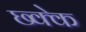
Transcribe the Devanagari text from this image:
छ्क्के